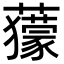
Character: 𧃶